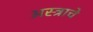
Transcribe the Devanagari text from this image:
अस्त्राचे